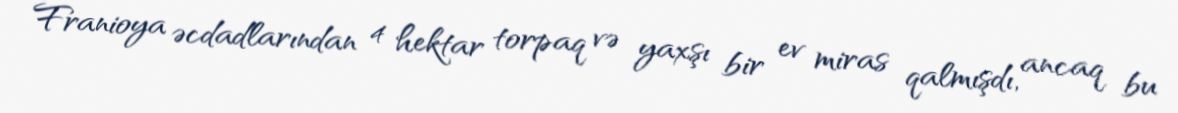
Franioya əcdadlarından 4 hektar torpaq və yaxşı bir ev miras qalmışdı, ancaq bu